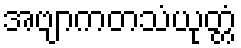
အဗျာကတသံယုတ္တံ